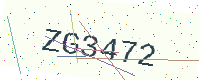
Text: ZG3472